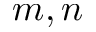
m , n